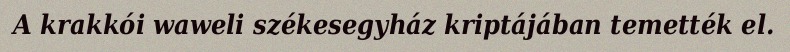
A krakkói waweli székesegyház kriptájában temették el.